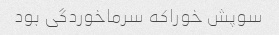
سوپش خوراکه سرماخوردگی بود